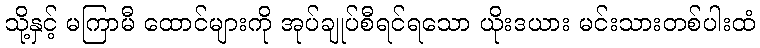
သို့နှင့် မကြာမီ ထောင်များကို အုပ်ချုပ်စီရင်ရသော ယိုးဒယား မင်းသားတစ်ပါးထံ